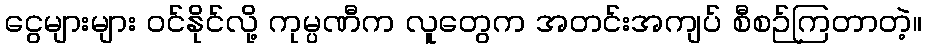
ငွေများများ ဝင်နိုင်လို့ ကုမ္ပဏီက လူတွေက အတင်းအကျပ် စီစဉ်ကြတာတဲ့။